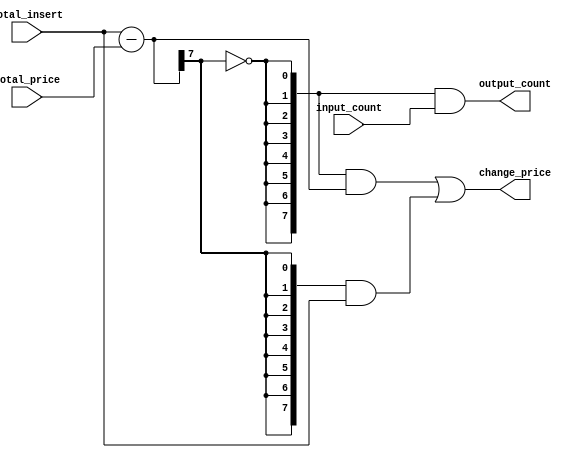
module diffdev # (
  parameter DW = 8
) (
  output [DW-1:0] output_count,
  output [DW-1:0] change_price,
  input [DW-1:0] total_insert,
  input [DW-1:0] total_price,
  input [DW-1:0] input_count
);

  wire [DW-1:0] diff;
  wire enough;

  assign diff = total_insert - total_price;
  assign enough = diff[DW-1] == 1'b0;
  assign change_price =
          ({DW{ enough}} & diff)
        | ({DW{~enough}} & total_insert);
  assign output_count = {DW{enough}} & input_count;

endmodule